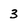
Character: 3